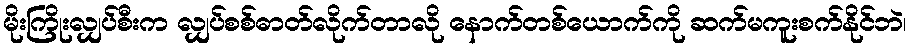
မိုးကြိုးလျှပ်စီးက လျှပ်စစ်ဓာတ်လိုက်တာလို နောက်တစ်ယောက်ကို ဆက်မကူးစက်နိုင်ဘဲ၊